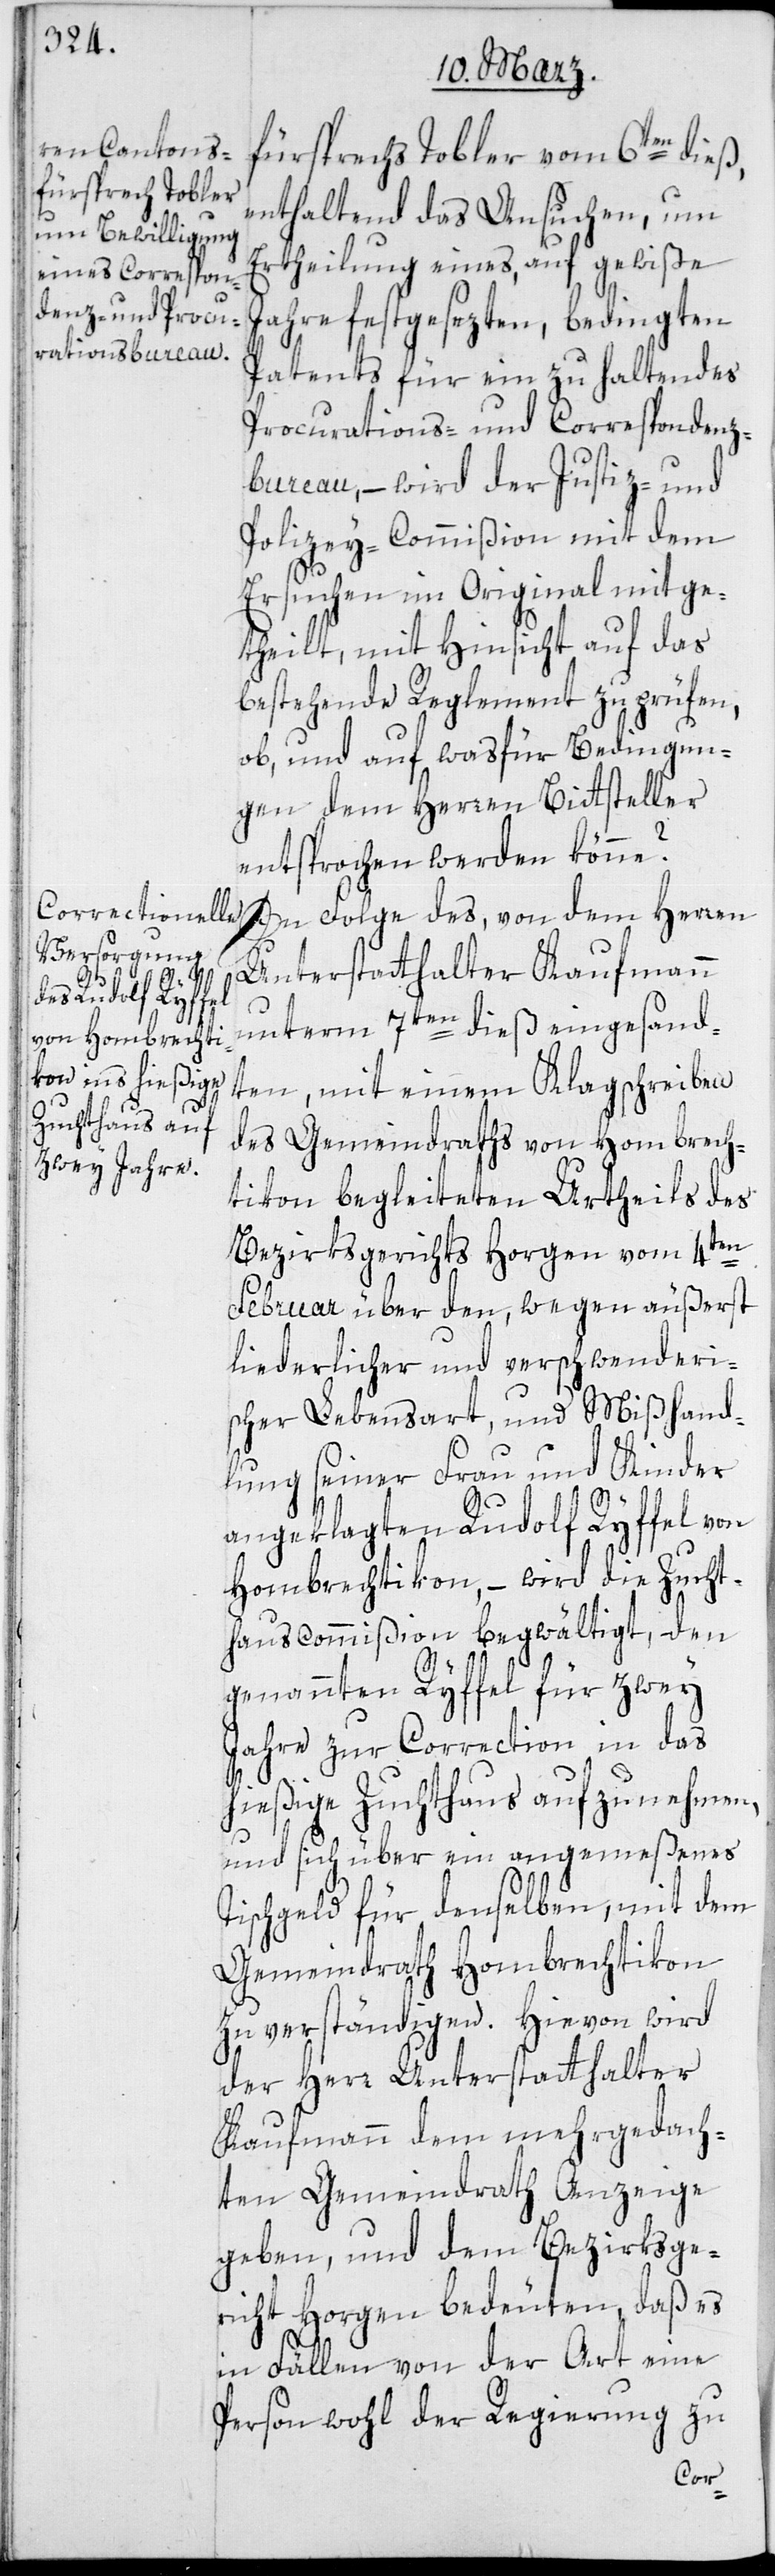
fürsprechs Tobler vom 6ten dieß,
enthaltend das Ansuchen um
Ertheilung eines auf gewiße
Jahre festgesezten, bedingten
Patents für ein zu haltendes
Procurations- und Correspondenz¬
bureau, – wird der Justiz- und
Polizey-Commißion mit dem
Ersuchen im Original mitge¬
theilt, mit Hinsicht auf das
bestehende Reglement zu prüfen,
ob und auf was für Bedingun¬
gen dem Herren Bittsteller
entsprochen werden könne?
In Folge des von dem Herren
Unterstatthalter Kaufmann
unterm 7ten dieß eingesand¬
ten, mit einem Klagschreiben
des Gemeindraths von Hombrech¬
tikon begleiteten Urtheils des
Bezirksgerichts Horgen vom 4ten
Februar über den, wegen äußerst
liederlicher und verschwenderi¬
scher Lebensart, und Mißhand¬
lung seiner Frau und Kinder
angeklagten Rudolf Ryffel von
Hombrechtikon, – wird die Zucht¬
hauscommißion begwältigt, den
genannten Ryffel für zwey
Jahre zur Correction in das
hießige Zuchthaus aufzunehmen,
und sich über ein angemeßenes
Tischgeld für denselben, mit dem
Gemeindrath Hombrechtikon
zu verständigen. Hievon wird
der Herr Unterstatthalter
Kaufmann dem mehrgedach¬
ten Gemeindrath Anzeige
geben, und dem Bezirksge¬
richt Horgen bedeuten, daß es
in Fällen von der Art eine
Person wohl der Regierung zu